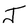
Character: J